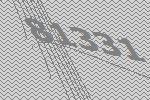
81331